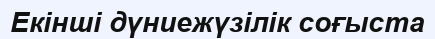
Екінші дүниежүзілік соғыста